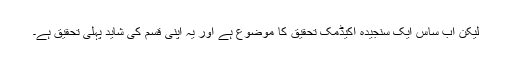
لیکن اب ساس ایک سنجیدہ اکیڈمک تحقیق کا موضوع ہے اور یہ اپنی قسم کی شاید پہلی تحقیق ہے۔